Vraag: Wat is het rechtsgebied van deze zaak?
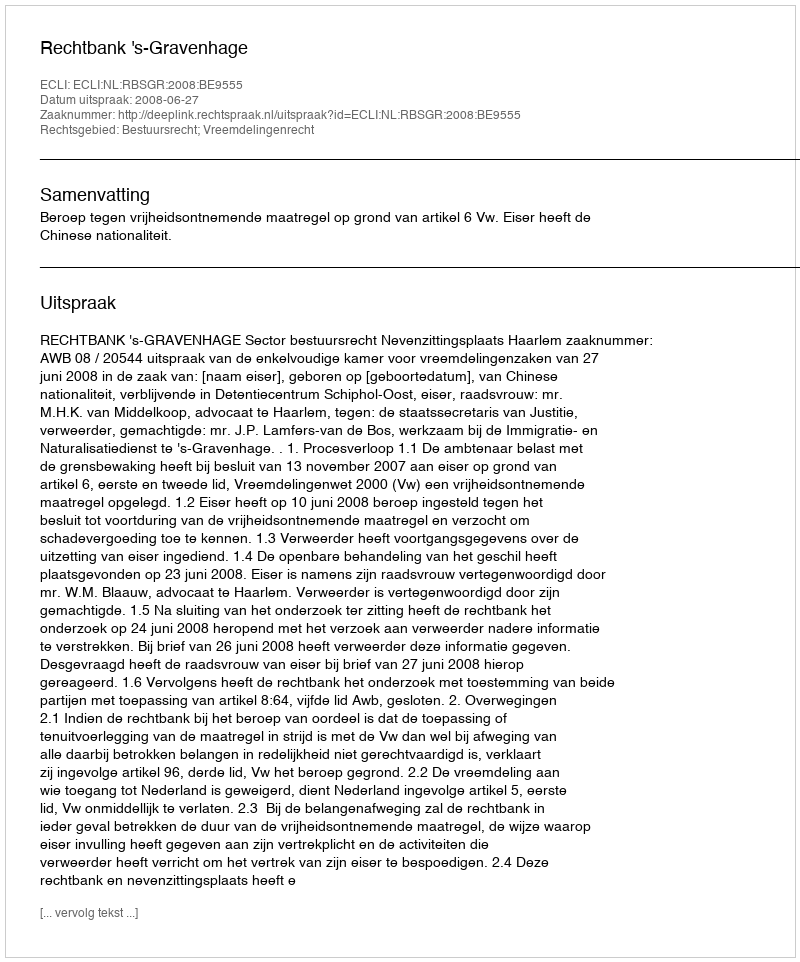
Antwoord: Bestuursrecht; Vreemdelingenrecht